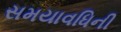
સમયાવધિની